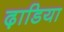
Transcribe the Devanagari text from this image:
ढ़ाडिया